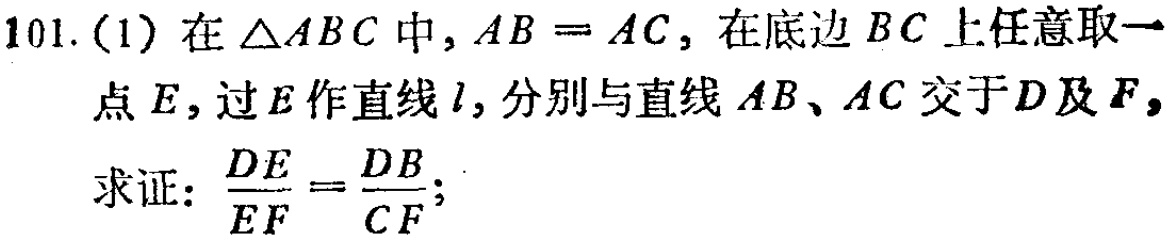
101.(1) 在$\triangle ABC$中，$AB = AC$，在底边$BC$上任意取一点$E$，过$E$作直线$l$，分别与直线$AB$、$AC$交于$D$及$F$，

求证：$\frac{DE}{EF}=\frac{DB}{CF}$；